Annual report of the Punjab Veterinary College and of the Civil Veterinary Department, Punjab - 1926-1932
Year: 1926
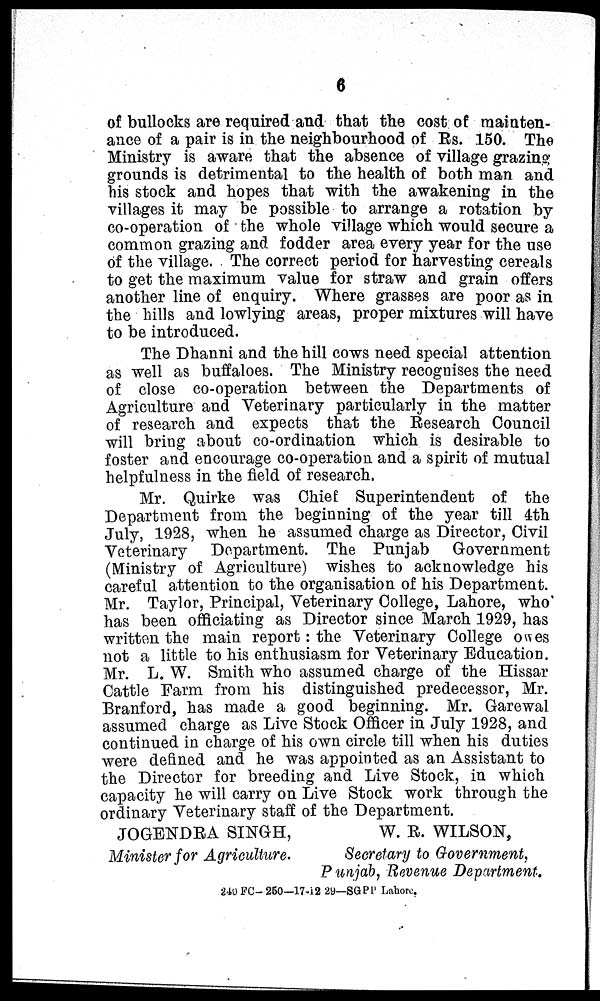
6
of bullocks are required and that the cost of mainten-
ance of a pair is in the neighbourhood of Rs. 150. The
Ministry is aware that the absence of village grazing;
grounds is detrimental to the health of both man and
his stock and hopes that with the awakening in the
villages it may be possible to arrange a rotation by
co-operation of the whole village which would secure a
common grazing and fodder area every year for the use
of the village. The correct period for harvesting cereals
to get the maximum value for straw and grain offers
another line of enquiry. Where grasses are poor as in
the hills and lowlying areas, proper mixtures will have
to be introduced.
The Dhanni and the hill cows need special attention
as well as buffaloes. The Ministry recognises the need
of close co-operation between the Departments of
Agriculture and Veterinary particularly in the matter
of research and expects that the Research Council
will bring about co-ordination which is desirable to
foster and encourage co-operation and a spirit of mutual
helpfulness in the field of research.
Mr. Quirke was Chief Superintendent of the
Department from the beginning of the year till 4th
July, 1928, when he assumed charge as Director, Civil
Veterinary Department. The Punjab
Government
(Ministry of Agriculture) wishes to acknowledge his
careful attention to the organisation of his Department.
Mr. Taylor, Principal, Veterinary College, Lahore, who
has been officiating as Director since March 1929, has
written the main report: the Veterinary College owes
not a little to his enthusiasm for Veterinary Education.
Mr. L. W. Smith who assumed charge of the Hissar
Cattle Farm from his distinguished predecessor, Mr.
Branford, has made a good beginning. Mr. Garewal
assumed charge as Live Stock Officer in July 1928, and
continued in charge of his own circle till when his duties
were defined and he was appointed as an Assistant to
the Director for breeding and Live Stock, in which
capacity he will carry on Live Stock work through the
ordinary Veterinary staff of the Department.
JOGENDRA SINGH,
Minister for Agriculture.
W. R. WILSON,
Secretary to Government,
Punjab, Revenue Department.
240 FC-260—17-12 29—SGPL Lahore.